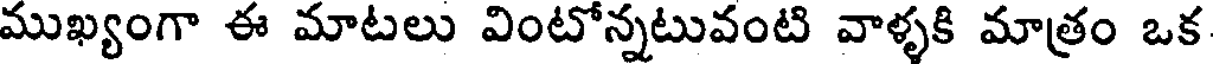
ముఖ్యంగా ఈ మాటలు వింటోన్నటువంటి వాళ్ళకి మాత్రం ఒక